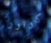
كونور